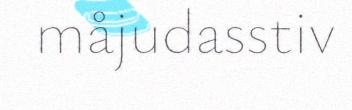
måjudasstiv